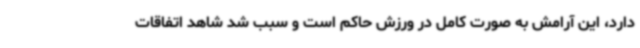
دارد، این آرامش به صورت کامل در ورزش حاکم است و سبب شد شاهد اتفاقات